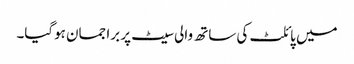
میں پائلٹ کی ساتھ والی سیٹ پر برا جمان ہوگیا۔